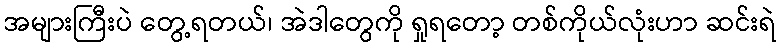
အများကြီးပဲ တွေ့ရတယ်၊ အဲဒါတွေကို ရှုရတော့ တစ်ကိုယ်လုံးဟာ ဆင်းရဲ